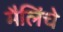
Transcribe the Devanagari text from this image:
मैलिंचे